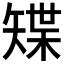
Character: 𥏭